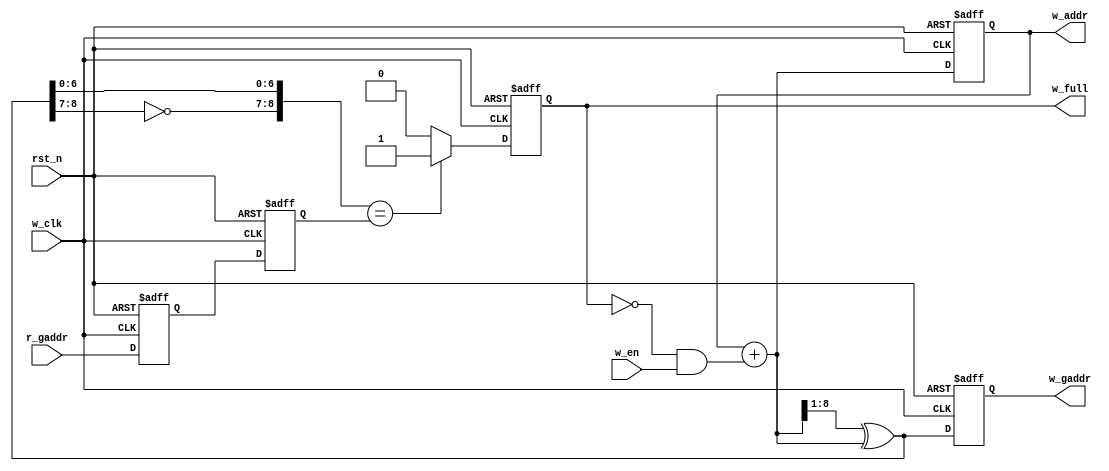
module w_ctrl(
    input  wire         w_clk,  //
    input  wire         rst_n,  //
    input  wire         w_en,   //
    input  wire [8:0]   r_gaddr,//
    output reg         w_full, //
    output wire [8:0]   w_addr, //256FIFO
    output wire [8:0]   w_gaddr //FIFO
);

reg     [8:0]   addr;
reg     [8:0]   gaddr;
wire    [8:0]   addr_wire;
wire    [8:0]   gaddr_wire;
reg     [8:0]   r_gaddr_d1,r_gaddr_d2;
//
always @(posedge w_clk or negedge rst_n)
    if(rst_n == 1'b0)
        {r_gaddr_d2,r_gaddr_d1} <= 18'b0;
    else
        {r_gaddr_d2,r_gaddr_d1} <= {r_gaddr_d1,r_gaddr};
assign w_gaddr = gaddr;
//ram()
assign w_addr = addr;
always @(posedge w_clk or negedge rst_n)
    if(rst_n == 1'b0)
        addr <= 9'b0;
    else
        addr <= addr_wire;
        
assign addr_wire = addr + ((~w_full)&w_en);
//
assign gaddr_wire = (addr_wire>>1)^addr_wire;
always @(posedge w_clk or negedge rst_n)
    if(rst_n == 1'b0)
        gaddr <= 9'b0;
    else
        gaddr <= gaddr_wire;
assign w_gaddr = gaddr;
//        
always @(posedge w_clk or negedge rst_n)
    if(rst_n == 1'b0)
        w_full <= 1'b0;
    else if({~gaddr_wire[8:7],gaddr_wire[6:0]}==r_gaddr_d2)
        w_full <= 1'b1;
    else
        w_full <= 1'b0;
        
endmodule